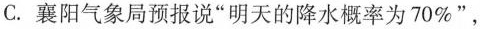
C.襄阳气象局预报说”明天的降水概率为70\%”，